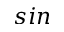
s i n